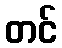
တင်